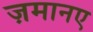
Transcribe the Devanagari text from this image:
ज़मानए